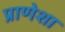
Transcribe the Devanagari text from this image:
प्राणेशा